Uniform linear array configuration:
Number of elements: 16
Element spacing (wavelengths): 1
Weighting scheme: kaiser
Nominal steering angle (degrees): -15
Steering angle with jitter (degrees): -14.066
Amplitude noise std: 0.05
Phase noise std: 0.05

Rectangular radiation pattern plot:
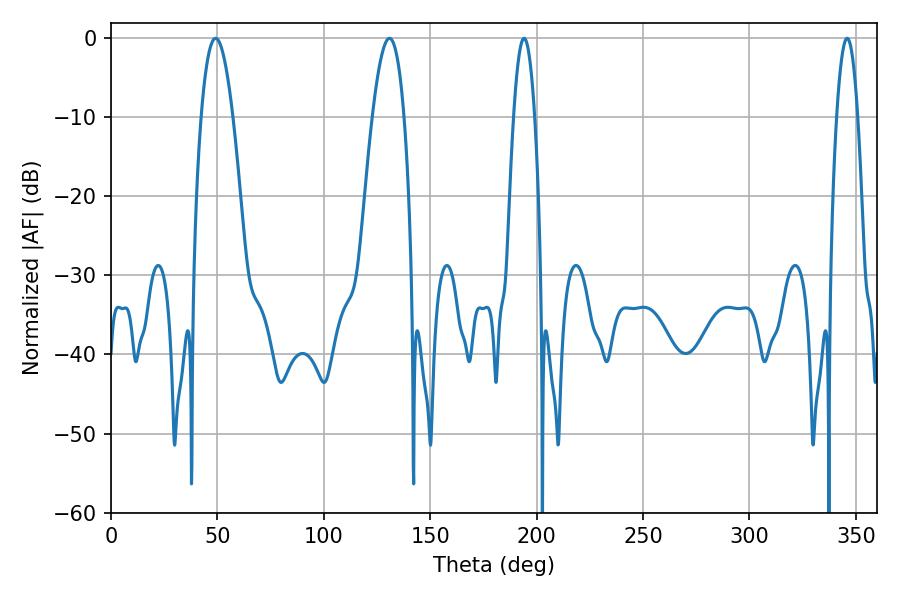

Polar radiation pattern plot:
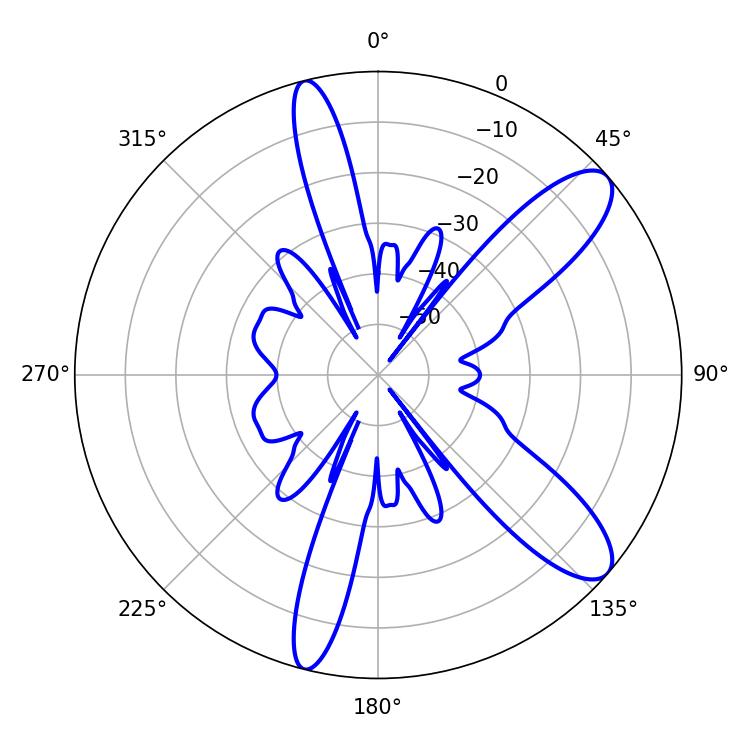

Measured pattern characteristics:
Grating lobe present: TRUE
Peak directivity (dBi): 10.37
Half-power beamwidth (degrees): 8.28
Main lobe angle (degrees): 49.14